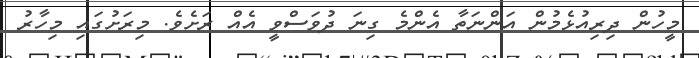
މީހުން ދިރިއުޅެމުން އަންނަތާ އެންމެ ގިނަ ދުވަސްވީ އެއް ރަށެވެ. މިރަށުގައި މިހާރު